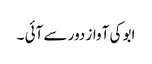
ابو کی آواز دور سے آئی ۔